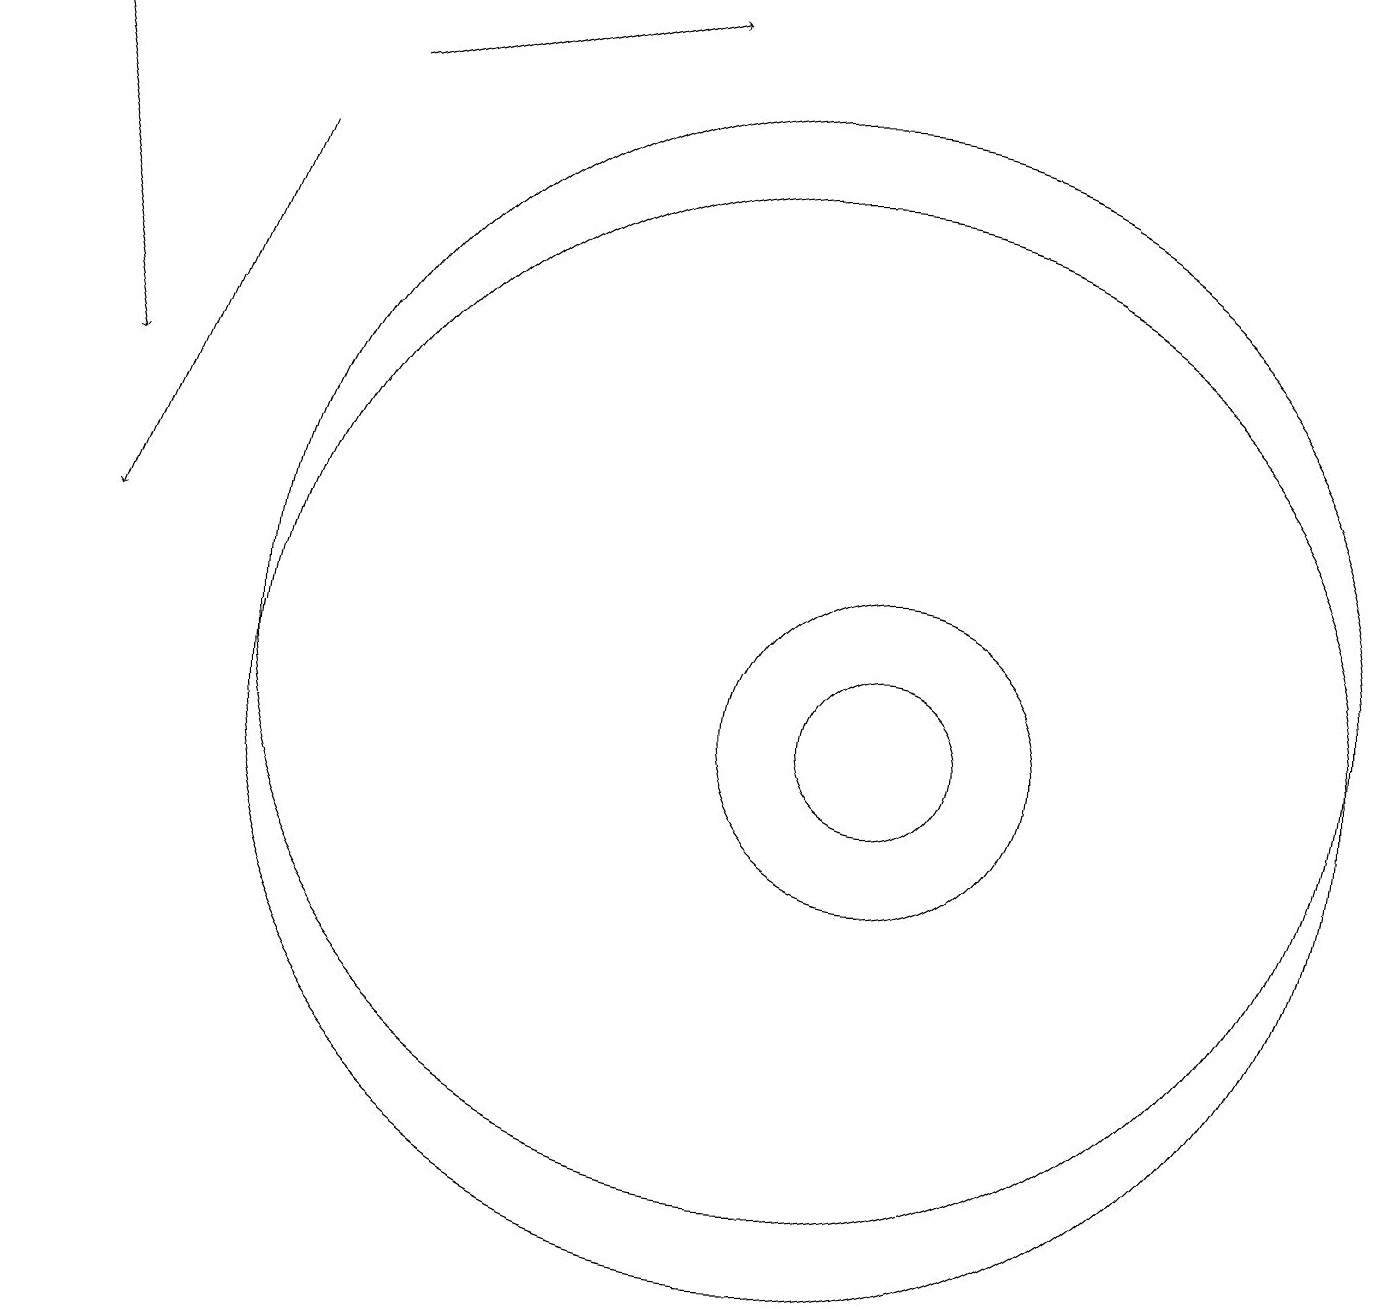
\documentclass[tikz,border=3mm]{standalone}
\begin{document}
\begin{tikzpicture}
\draw[->] (4,18) -- (8,19);
\draw[->] (3,17) -- (1,12);
\draw[->] (0,19) -- (1,14);
\draw (11,10) circle (1);
\draw (10,10) circle (7);
\draw (10,11) circle (7);
\draw (11,10) circle (2);
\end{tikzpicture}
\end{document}